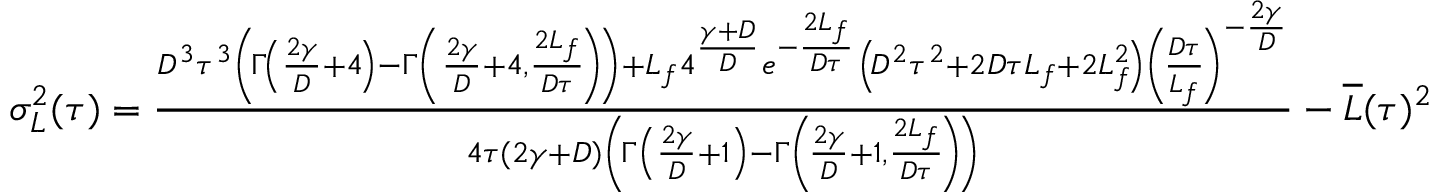
\begin{array} { r } { \sigma _ { L } ^ { 2 } ( \tau ) = \frac { D ^ { 3 } \tau ^ { 3 } \left( \! \Gamma \! \left( \frac { 2 \gamma } { D } + 4 \! \right) - \Gamma \left( \frac { 2 \gamma } { D } + 4 , \frac { 2 L _ { f } } { D \tau } \! \right) \! \right) + L _ { f } 4 ^ { \frac { \gamma + D } { D } } e ^ { - \frac { 2 L _ { f } } { D \tau } } \left( \! D ^ { 2 } \tau ^ { 2 } + 2 D \tau L _ { f } + 2 L _ { f } ^ { 2 } \! \right) \left( \! \frac { D \tau } { L _ { f } } \! \right) ^ { - \frac { 2 \gamma } { D } } } { 4 \tau ( 2 \gamma + D ) \left( \! \Gamma \left( \frac { 2 \gamma } { D } + 1 \right) - \Gamma \left( \! \frac { 2 \gamma } { D } + 1 , \frac { 2 L _ { f } } { D \tau } \! \right) \! \right) } - \overline { { L } } ( \tau ) ^ { 2 } } \end{array}